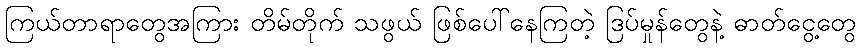
ကြယ်တာရာတွေအကြား တိမ်တိုက် သဖွယ် ဖြစ်ပေါ်နေကြတဲ့ ဒြပ်မှုန်တွေနဲ့ ဓာတ်ငွေ့တွေ